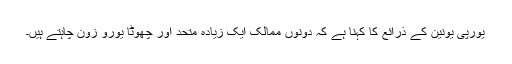
يورپی يونين کے ذرائع کا کہنا ہے کہ دونوں ممالک ايک زيادہ متحد اور چھوٹا يورو زون چاہتے ہيں۔